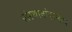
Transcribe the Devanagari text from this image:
संस्थानांदरम्यान